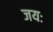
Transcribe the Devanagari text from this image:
जयः